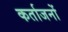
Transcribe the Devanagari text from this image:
कर्ताजनों